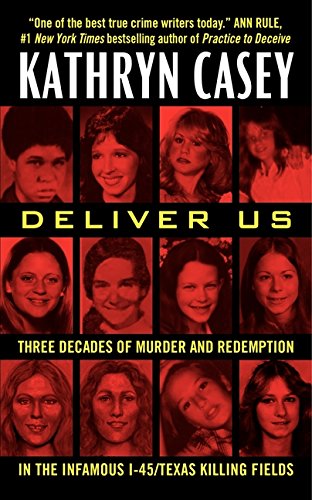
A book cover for Deliver Us: Three Decades of Murder and Redemption in the Infamous I-45/Texas Killing Fields; Kathryn Casey; Biographies & Memoirs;